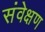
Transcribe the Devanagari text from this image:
संवेक्षण